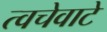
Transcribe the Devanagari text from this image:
त्वचेवाटे